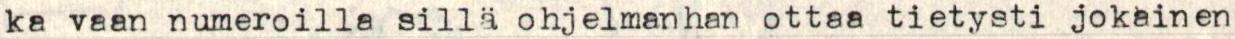
ka vaan numeroilla sillä ohjelmanhan ottaa tietysti jokainen